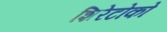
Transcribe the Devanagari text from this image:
शिरेटोको